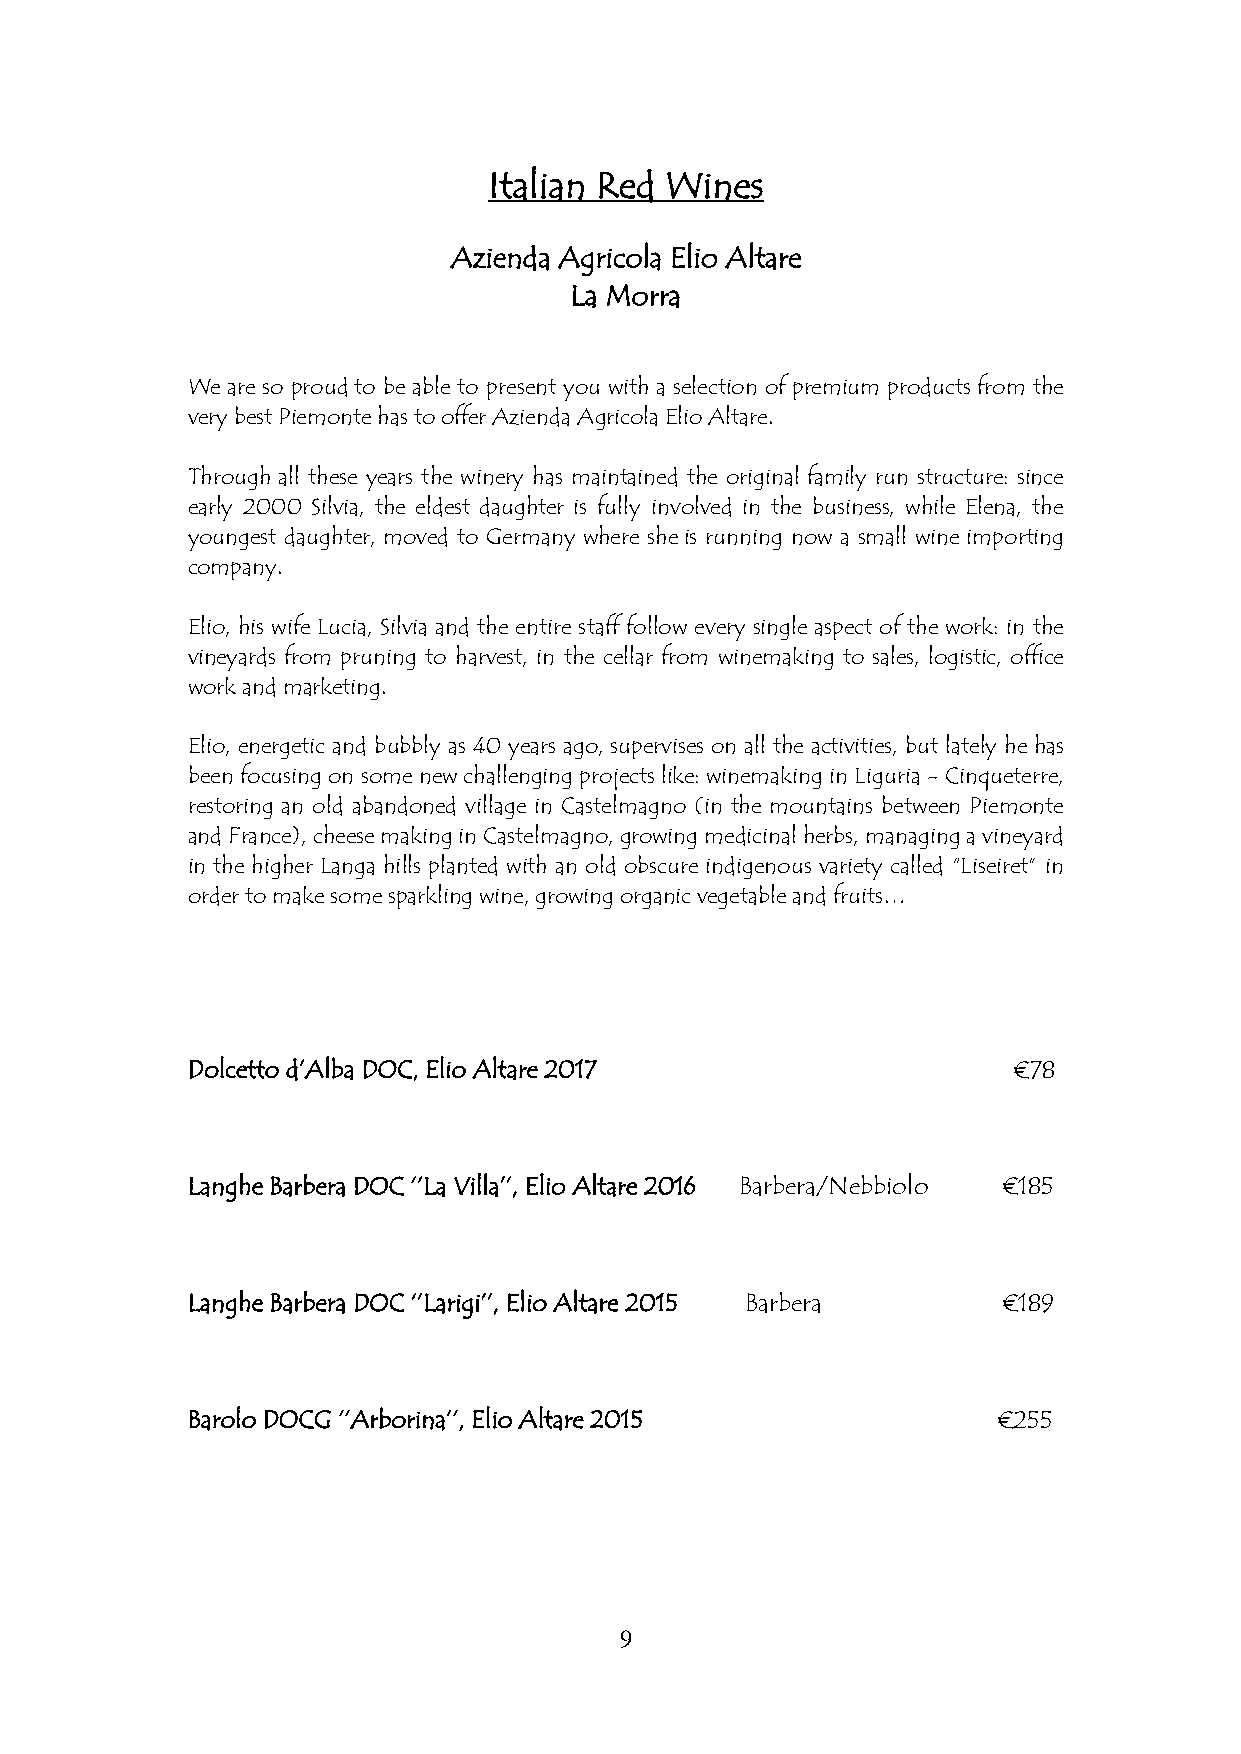
Italian Red Wines
 Azienda Agricola Elio Altare
 La Morra
 We are so proud to be able to present you with a selection of premium products from the
 very best Piemonte has to offer Azienda Agricola Elio Altare.
 Through all these years the winery has maintained the original family run structure: since
 early 2000 Silvia, the eldest daughter is fully involved in the business, while Elena, the
 youngest daughter, moved to Germany where she is running now a small wine importing
 company.
 Elio, his wife Lucia, Silvia and the entire staff follow every single aspect of the work: in the
 vineyards from pruning to harvest, in the cellar from winemaking to sales, logistic, office
 work and marketing.
 Elio, energetic and bubbly as 40 years ago, supervises on all the activities, but lately he has
 been focusing on some new challenging projects like: winemaking in Liguria - Cinqueterre,
 restoring an old abandoned village in Castelmagno (in the mountains between Piemonte
 and France), cheese making in Castelmagno, growing medicinal herbs, managing a vineyard
 in the higher Langa hills planted with an old obscure indigenous variety called “Liseiret” in
 order to make some sparkling wine, growing organic vegetable and fruits…
 Dolcetto d’Alba DOC, Elio Altare 2017                  €78
 Langhe Barbera DOC ‘’La Villa’’, Elio Altare 2016 Barbera/Nebbiolo €185
 Langhe Barbera DOC ‘’Larigi’’, Elio Altare 2015 Barbera €189
 Barolo DOCG ‘’Arborina’’, Elio Altare 2015            €255
 9